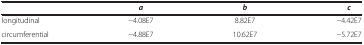
<table><thead><tr><td><b> </b></td><td><b><i>a</i></b></td><td><b><i>b</i></b></td><td><b><i>c</i></b></td></tr></thead><tbody><tr><td>longitudinal</td><td>−4.08E7</td><td>8.82E7</td><td>−4.42E7</td></tr><tr><td>circumferential</td><td>−4.88E7</td><td>10.62E7</td><td>−5.72E7</td></tr></tbody></table>